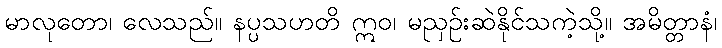
မာလုတော၊ လေသည်။ နပ္ပသဟတိ ဣဝ၊ မညှဉ်းဆဲနိုင်သကဲ့သို့။ အမိတ္တာနံ၊